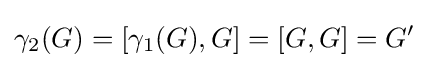
\gamma _{2}(G)=\lbrack \gamma _{1}(G),G\rbrack =\lbrack G,G\rbrack =G^{\prime }